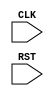
module TOP(CLK, RST);
  input CLK, RST;
  reg [7:0] cnt;

  always @(posedge CLK or negedge RST) begin
    if(RST) begin
      cnt <= $signed(cnt);
    end else begin
      cnt <= $unsigned(cnt);
    end
  end

endmodule